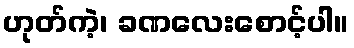
ဟုတ်ကဲ့၊ ခဏလေးစောင့်ပါ။